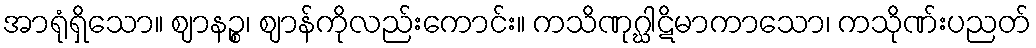
အာရုံရှိသော။ ဈာနဉ္စ၊ ဈာန်ကိုလည်းကောင်း။ ကသိဏုဂ္ဃါဋိမာကာသော၊ ကသိုဏ်းပညတ်